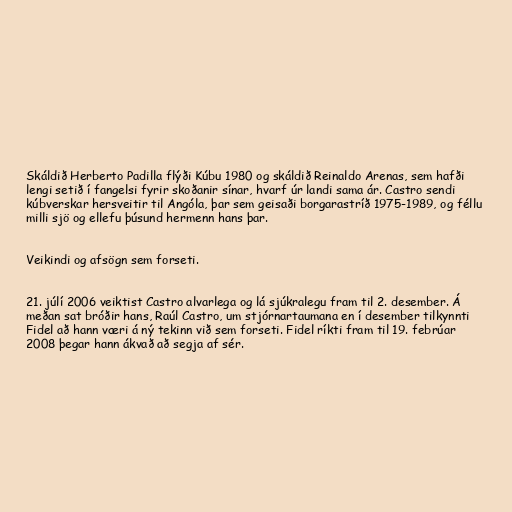
Skáldið Herberto Padilla flýði Kúbu 1980 og skáldið Reinaldo Arenas, sem hafði
lengi setið í fangelsi fyrir skoðanir sínar, hvarf úr landi sama ár. Castro sendi
kúbverskar hersveitir til Angóla, þar sem geisaði borgarastríð 1975-1989, og féllu
milli sjö og ellefu þúsund hermenn hans þar.

Veikindi og afsögn sem forseti.

21. júlí 2006 veiktist Castro alvarlega og lá sjúkralegu fram til 2. desember. Á
meðan sat bróðir hans, Raúl Castro, um stjórnartaumana en í desember tilkynnti
Fidel að hann væri á ný tekinn við sem forseti. Fidel ríkti fram til 19. febrúar
2008 þegar hann ákvað að segja af sér.